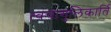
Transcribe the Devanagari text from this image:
त्वचागुलिकार्ति